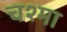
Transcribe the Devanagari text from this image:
चश्‍मा